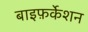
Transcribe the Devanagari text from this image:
बाइफ़र्केशन